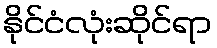
နိုင်ငံလုံးဆိုင်ရာ